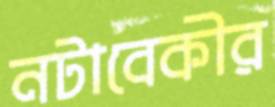
নটাবেকীর